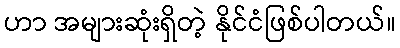
ဟာ အများဆုံးရှိတဲ့ နိုင်ငံဖြစ်ပါတယ်။